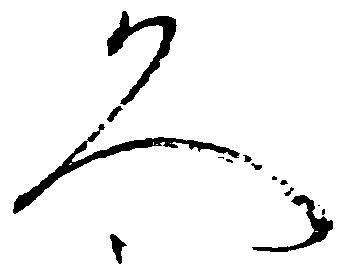
久